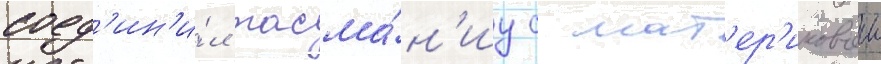
соед'ин'и́л тасма́н'иу с мат'ер'иковои